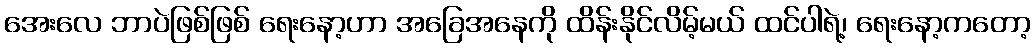
အေးလေ ဘာပဲဖြစ်ဖြစ် ရေးနော့ဟာ အခြေအနေကို ထိန်းနိုင်လိမ့်မယ် ထင်ပါရဲ့၊ ရေးနော့ကတော့